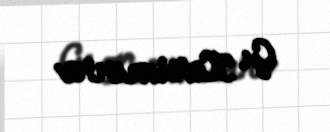
G. Kərimova